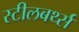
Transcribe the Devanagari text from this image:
स्टीलबर्थ्स